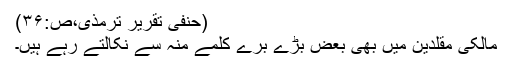
(حنفی تقریر ترمذی،ص:۳۶)
مالکی مقلدین میں بھی بعض بڑے برے کلمے منہ سے نکالتے رہے ہیں۔